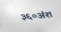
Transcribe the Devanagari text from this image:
३६०अंश